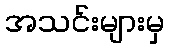
အသင်းများမှ